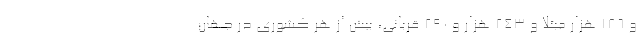
و ۱۸۶ هزار مبتلا و ۲۴۳ هزار و ۲۹۰ قربانی، بیش از هر کشوری در جهان